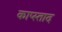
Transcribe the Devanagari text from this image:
काप्स्ताद